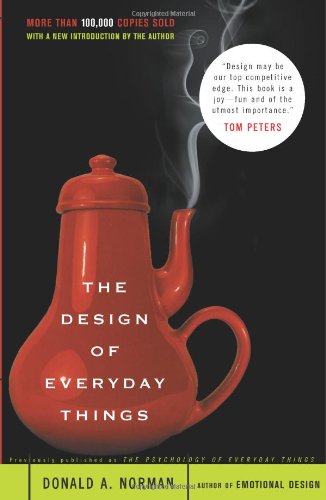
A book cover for The Design of Everyday Things; Donald A. Norman; Arts & Photography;